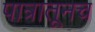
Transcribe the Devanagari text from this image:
पात्रातूनच